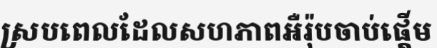
ស្របពេលដែលសហភាពអឺរ៉ុបចាប់ផ្តើម